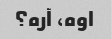
اوه، آره؟